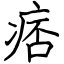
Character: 痞